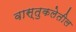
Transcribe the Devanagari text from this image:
वास्तुकलेतील